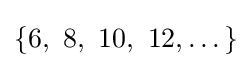
\{6,~8,~10,~12,\dots \}